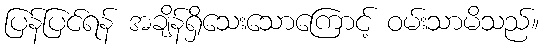
ပြန်ပြင်ရန် အချိန်ရှိသေးသောကြောင့် ဝမ်းသာမိသည်။